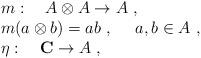
LaTeX: \begin{align*}\begin{array}{rcl}& & m:~~~A\otimes A\to A~,\\& & m(a\otimes b)=ab~,~~~~a,b\in A~,\\& & \eta:~~~{\bf C}\to A~,\end{array}\end{align*}